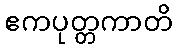
ဧကပုတ္တကာတိ